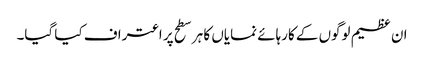
ان عظیم لوگوں کے کارہائے نمایاں کا ہر سطح پر اعتراف کیا گیا۔